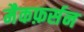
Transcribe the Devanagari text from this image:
मैकफ़र्सन